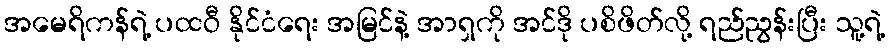
အမေရိကန်ရဲ့ ပထဝီ နိုင်ငံရေး အမြင်နဲ့ အာရှကို အင်ဒို ပစိဖိတ်လို့ ရည်ညွန်းပြီး သူ့ရဲ့